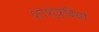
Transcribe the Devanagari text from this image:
शाश्त्र्दियों